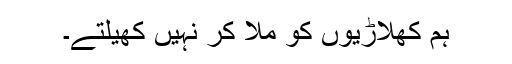
ہم کھلاڑیوں کو مِلا کر نہیں کھیلتے۔